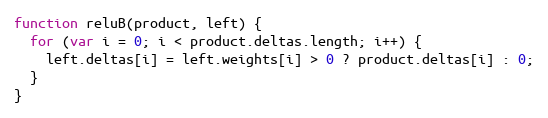
Language: JavaScript
function reluB(product, left) {
  for (var i = 0; i < product.deltas.length; i++) {
    left.deltas[i] = left.weights[i] > 0 ? product.deltas[i] : 0;
  }
}